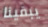
يبقينا